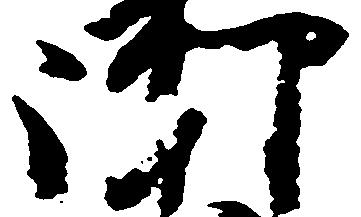
御